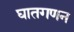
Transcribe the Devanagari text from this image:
घातगणन